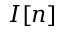
I [ n ]